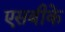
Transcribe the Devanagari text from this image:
एसबीके